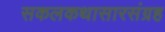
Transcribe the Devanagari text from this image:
सकलकथासारसंग्रह